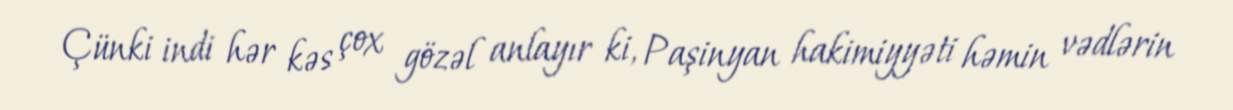
Çünki indi hər kəs çox gözəl anlayır ki, Paşinyan hakimiyyəti həmin vədlərin